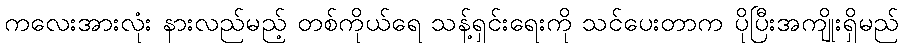
ကလေးအားလုံး နားလည်မည့် တစ်ကိုယ်ရေ သန့်ရှင်းရေးကို သင်ပေးတာက ပိုပြီးအကျိုးရှိမည်